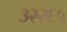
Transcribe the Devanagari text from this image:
३२२६५